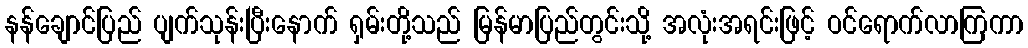
နန်ချောင်ပြည် ပျက်သုန်းပြီးနောက် ရှမ်းတို့သည် မြန်မာပြည်တွင်းသို့ အလုံးအရင်းဖြင့် ဝင်ရောက်လာကြကာ